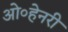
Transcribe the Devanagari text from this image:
ओ०हेनरी